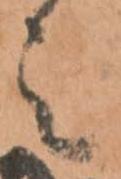
之